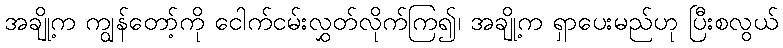
အချို့က ကျွန်တော့်ကို ငေါက်ငမ်းလွှတ်လိုက်ကြ၍၊ အချို့က ရှာပေးမည်ဟု ပြီးစလွယ်